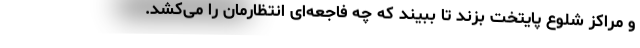
و مراکز شلوع پایتخت بزند تا ببیند که چه فاجعه‌ای انتظارمان را می‌کشد.